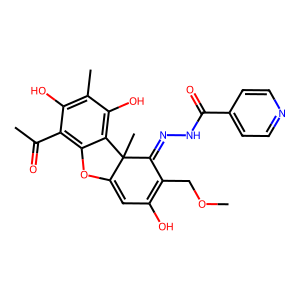
SMILES: COCC1=C(O)C=C2Oc3c(C(C)=O)c(O)c(C)c(O)c3C2(C)C1=NNC(=O)c1ccncc1
Inhibits HIV replication: No